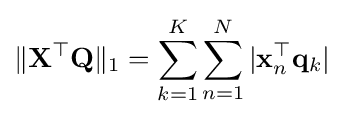
\|\mathbf {X} ^{\top }\mathbf {Q} \|_{1}=\sum _{k=1}^{K}\sum _{n=1}^{N}|\mathbf {x} _{n}^{\top }\mathbf {q} _{k}|